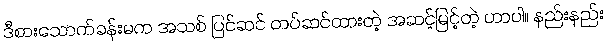
ဒီစားသောက်ခန်းမက အသစ် ပြင်ဆင် တပ်ဆင်ထားတဲ့ အဆင့်မြင့်တဲ့ ဟာပါ။ နည်းနည်း